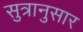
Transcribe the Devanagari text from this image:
सुत्रानुसार